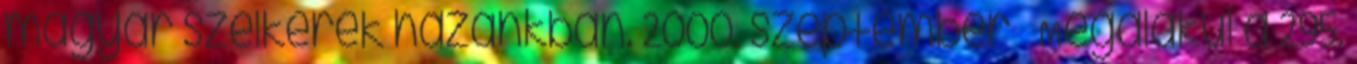
magyar szélkerék hazánkban. 2000. szeptember – Megalakul a 295.